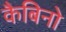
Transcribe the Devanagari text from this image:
कैबिनो